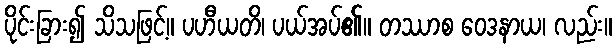
ပိုင်းခြား၍ သိသဖြင့်။ ပဟီယတိ၊ ပယ်အပ်၏။ တဿာစ ဝေဒနာယ၊ လည်း။